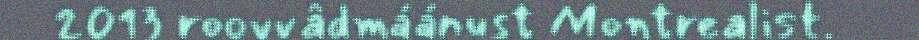
2013 roovvâdmáánust Montrealist.